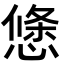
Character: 𭞝